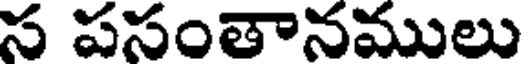
స పసంతానములు